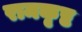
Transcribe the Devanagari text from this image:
रामकृष्ट